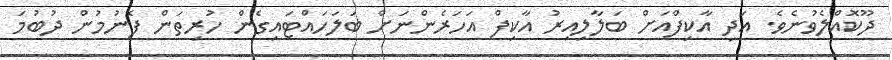
ދޫކޮއްލެވުނެވެ. އަދި އާކިފްއަށް ބަލާލިއިރު އާކިފް އަހަރެންނަށް ބަލަހައްޓައިގެން ހުރިތަން ފެނުމުން ދުބުމަ